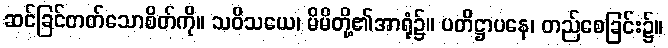
ဆင်ခြင်တတ်သောစိတ်ကို။ သဝိသယေ၊ မိမိတို့၏အာရုံ၌။ ပတိဋ္ဌာပနေ၊ တည်စေခြင်း၌။